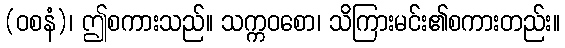
(ဝစနံ)၊ ဤစကားသည်။ သက္ကဝစော၊ သိကြားမင်း၏စကားတည်း။